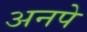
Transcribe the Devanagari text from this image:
अनपे